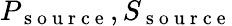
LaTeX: P_{\mathrm{~s~o~u~r~c~e~}},S_{\mathrm{~s~o~u~r~c~e~}}